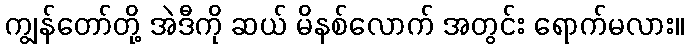
ကျွန်တော်တို့ အဲဒီကို ဆယ် မိနစ်လောက် အတွင်း ရောက်မလား။